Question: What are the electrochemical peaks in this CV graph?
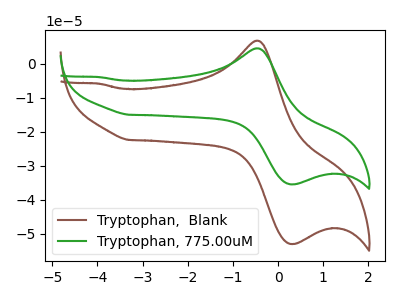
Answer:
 <answer>The brown curve "Tryptophan,  Blank" has an anodic peak at (-0.50V, 6.80uA) and a cathodic peak at (0.35V, -53.00uA). The green curve "Tryptophan, 775.00uM" has an anodic peak at (-0.50V, 4.55uA) and a cathodic peak at (0.35V, -35.45uA).</answer>
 <eval></eval>